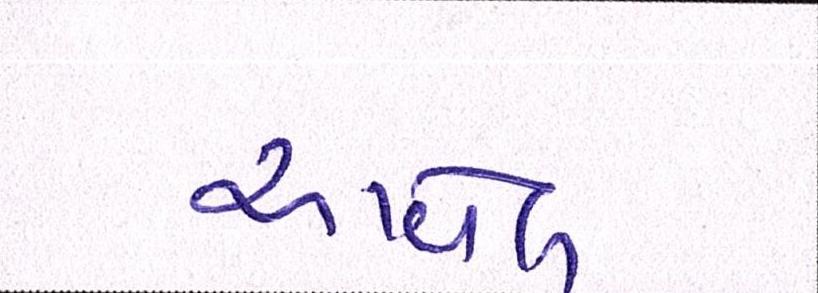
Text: આવેલ